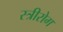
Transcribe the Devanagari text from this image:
स्‍त्रीरोग